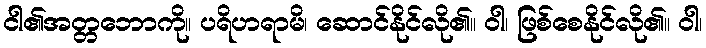
ငါ၏အတ္တဘောကို။ ပရိဟရာမိ၊ ဆောင်နိုင်လို၏။ ဝါ၊ ဖြစ်စေနိုင်လို၏။ ဝါ၊